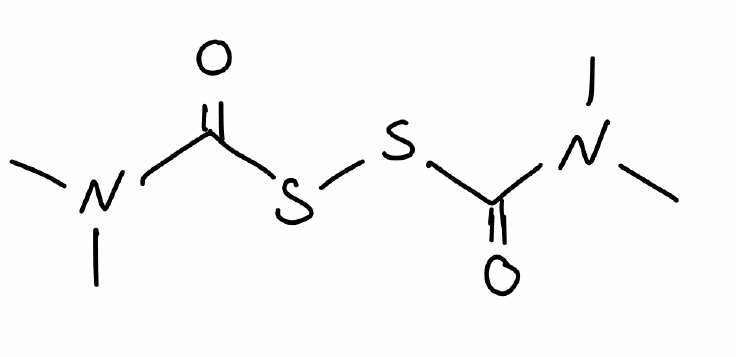
Simplified molecular-input line-entry system (SMILES) notation of the given molecule:
CN(C)C(=O)SSC(=O)N(C)C